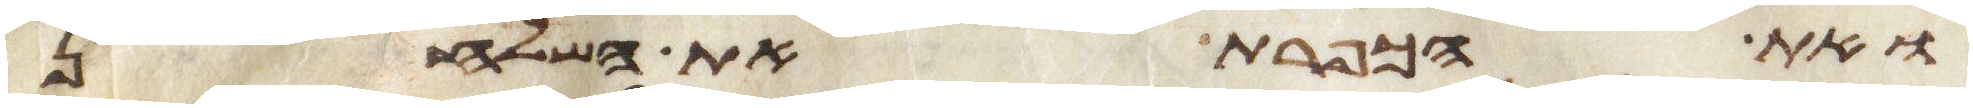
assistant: ואת הכפרת את השלחן